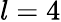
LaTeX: l=4